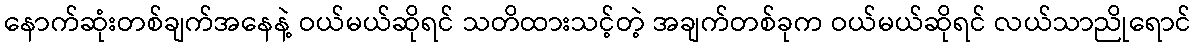
နောက်ဆုံးတစ်ချက်အနေနဲ့ ဝယ်မယ်ဆိုရင် သတိထားသင့်တဲ့ အချက်တစ်ခုက ဝယ်မယ်ဆိုရင် လယ်သာညိုရောင်